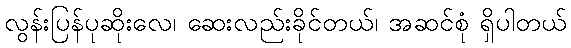
လွန်းပြန်ပုဆိုးလေ၊ ဆေးလည်းခိုင်တယ်၊ အဆင်စုံ ရှိပါတယ်